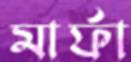
মার্ফা